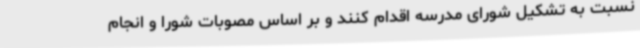
نسبت به تشکیل شورای مدرسه اقدام کنند و بر اساس مصوبات شورا و انجام